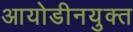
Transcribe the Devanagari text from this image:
आयोडीनयुक्त